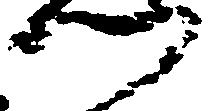
門